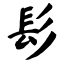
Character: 髟